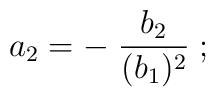
a_2 = -\; {b_2 \over (b_1)^2}\;;